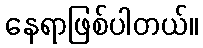
နေရာဖြစ်ပါတယ်။